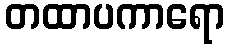
တထာပကာရော